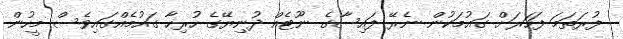
ފުރަތަމަ ފަހަރަށް ގައުމަކުން ނެރޭ ފައިސާގެ ނޫޓެއް ދުނިޔޭގެ ހުރިހާ ގައުމެއްގައިވެސް މީހުން